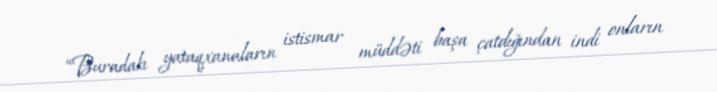
“Buradakı yataqxanaların istismar müddəti başa çatdığından indi onların